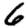
Digit: 6